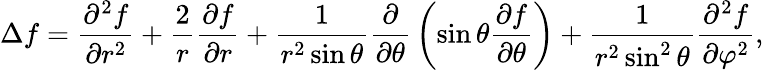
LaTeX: \Delta f={\frac{\partial^{2}f}{\partial r^{2}}}+{\frac{2}{r}}{\frac{\partial f}{\partial r}}+{\frac{1}{r^{2}\sin\theta}}{\frac{\partial}{\partial\theta}}\left(\sin\theta{\frac{\partial f}{\partial\theta}}\right)+{\frac{1}{r^{2}\sin^{2}\theta}}{\frac{\partial^{2}f}{\partial\varphi^{2}}},